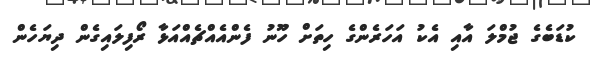
ކުޑަބެގެ ޖުމްލަ އާއި އެކު އަހަރެންގެ ހިތަށް ހޫނު ފެންއެއްޗެއްއަޅާ ރޯފިލައިގެން ދިޔަހެން